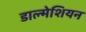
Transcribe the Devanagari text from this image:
डाल्मेशियन